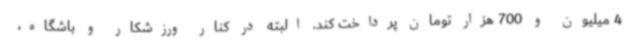
4 میلیون و 700 هزار تومان پرداخت کند. البته در کنار ورزشکار و باشگاه،